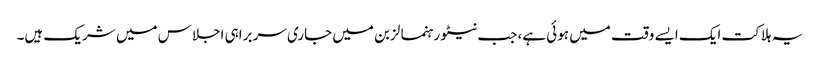
یہ ہلاکت ایک ایسے وقت میں ہوئی ہے، جب نیٹو رہنما لزبن میں جاری سربراہی اجلاس میں شریک ہیں۔